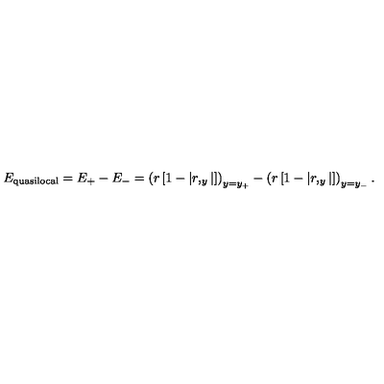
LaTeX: E _ { \mathrm { q u a s i l o c a l } } = E _ { + } - E _ { - } = \left( r \left[ 1 - \left| r , _ { y } \right| \right] \right) _ { y = y _ { + } } - \left( r \left[ 1 - \left| r , _ { y } \right| \right] \right) _ { y = y _ { - } } .